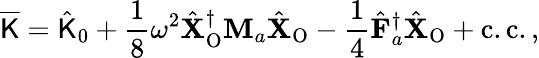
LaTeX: \overline{{\mathsf{K}}}=\hat{\mathsf{K}}_{0}+\frac{1}{8}\omega^{2}\hat{\mathbf{X}}_{\mathrm{O}}^{\dagger}\mathbf{M}_{a}\hat{\mathbf{X}}_{\mathrm{O}}-\frac{1}{4}\hat{\mathbf{F}}_{a}^{\dagger}\hat{\mathbf{X}}_{\mathrm{O}}+\mathrm{c.c.}\, ,